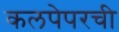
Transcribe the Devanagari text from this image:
कलपेपरची